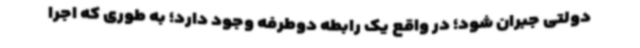
دولتی جبران شود؛ در واقع یک رابطه دوطرفه وجود دارد؛ به طوری که اجرا